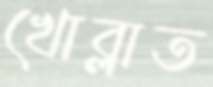
খোব্‌লাত